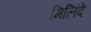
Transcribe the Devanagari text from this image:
मिलिंदे